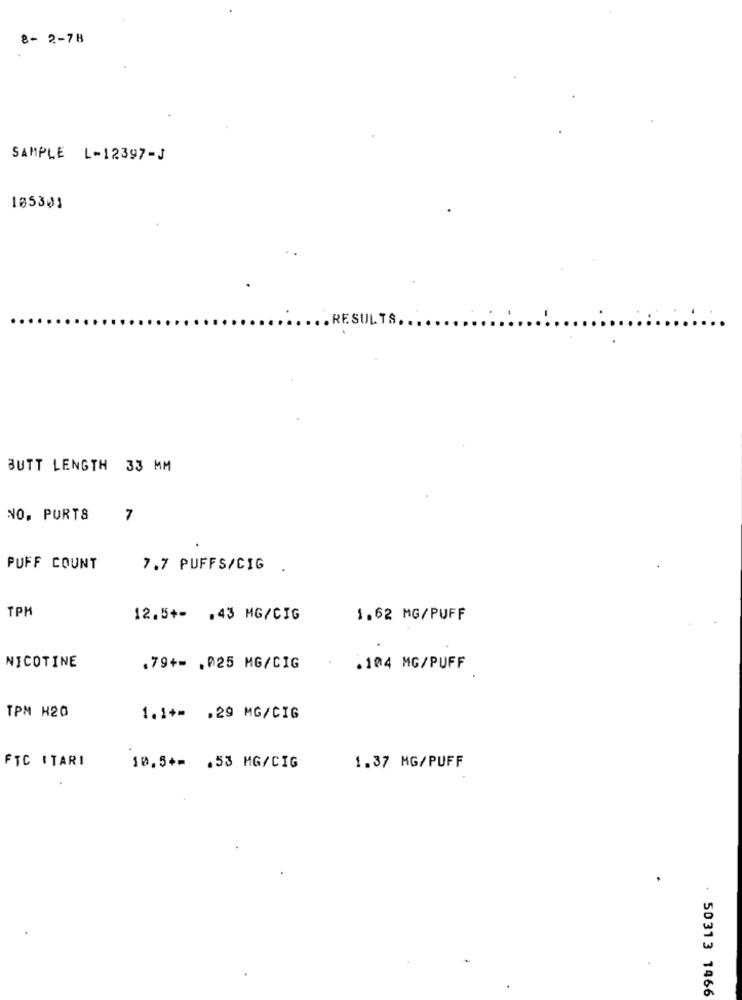
8- 2-78
SAMPLE L-12397-J
105301
.RESULTS.
BUTT LENGTH 33 MM
NO, PURTS
7
PUFF COUNT
7.7 PUFFS/CIG .
TPM
12.5+- . 43 MG/CIG
1.62 MG/PUFF
NICOTINE
.79+= . 025 MG/CIG
.104 MG/PUFF
TPM H20
1.1 ** . 29 MG/CIG
FTC ITARI
10.5 *= . 53 MG/CIG
1.37 MG/PUFF
. 50313 1466